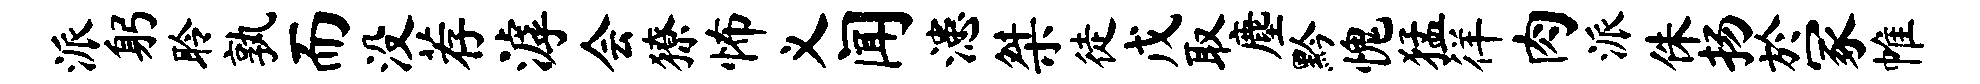
派躬聆孰而没荐滹会獠怖义闻漶桀徒戊取麈黔愧猛徉肉派侏扬於冢帷